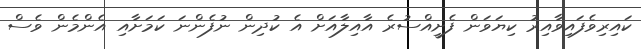
ކައިރިވެފައިވާއިރު ކިޔަވަން ފެށީއްސުރެ އާއިލާއަށް އެ ކުދިން ނުފެންނަ ކަމަށާއި އެންމެން ވެސް